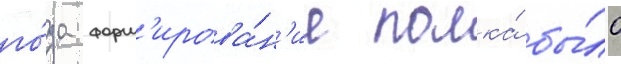
го́да форм'ирова́н'ие полка́ бы́ло